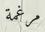
مرغمة